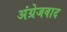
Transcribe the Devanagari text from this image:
अंग्रेजवाद